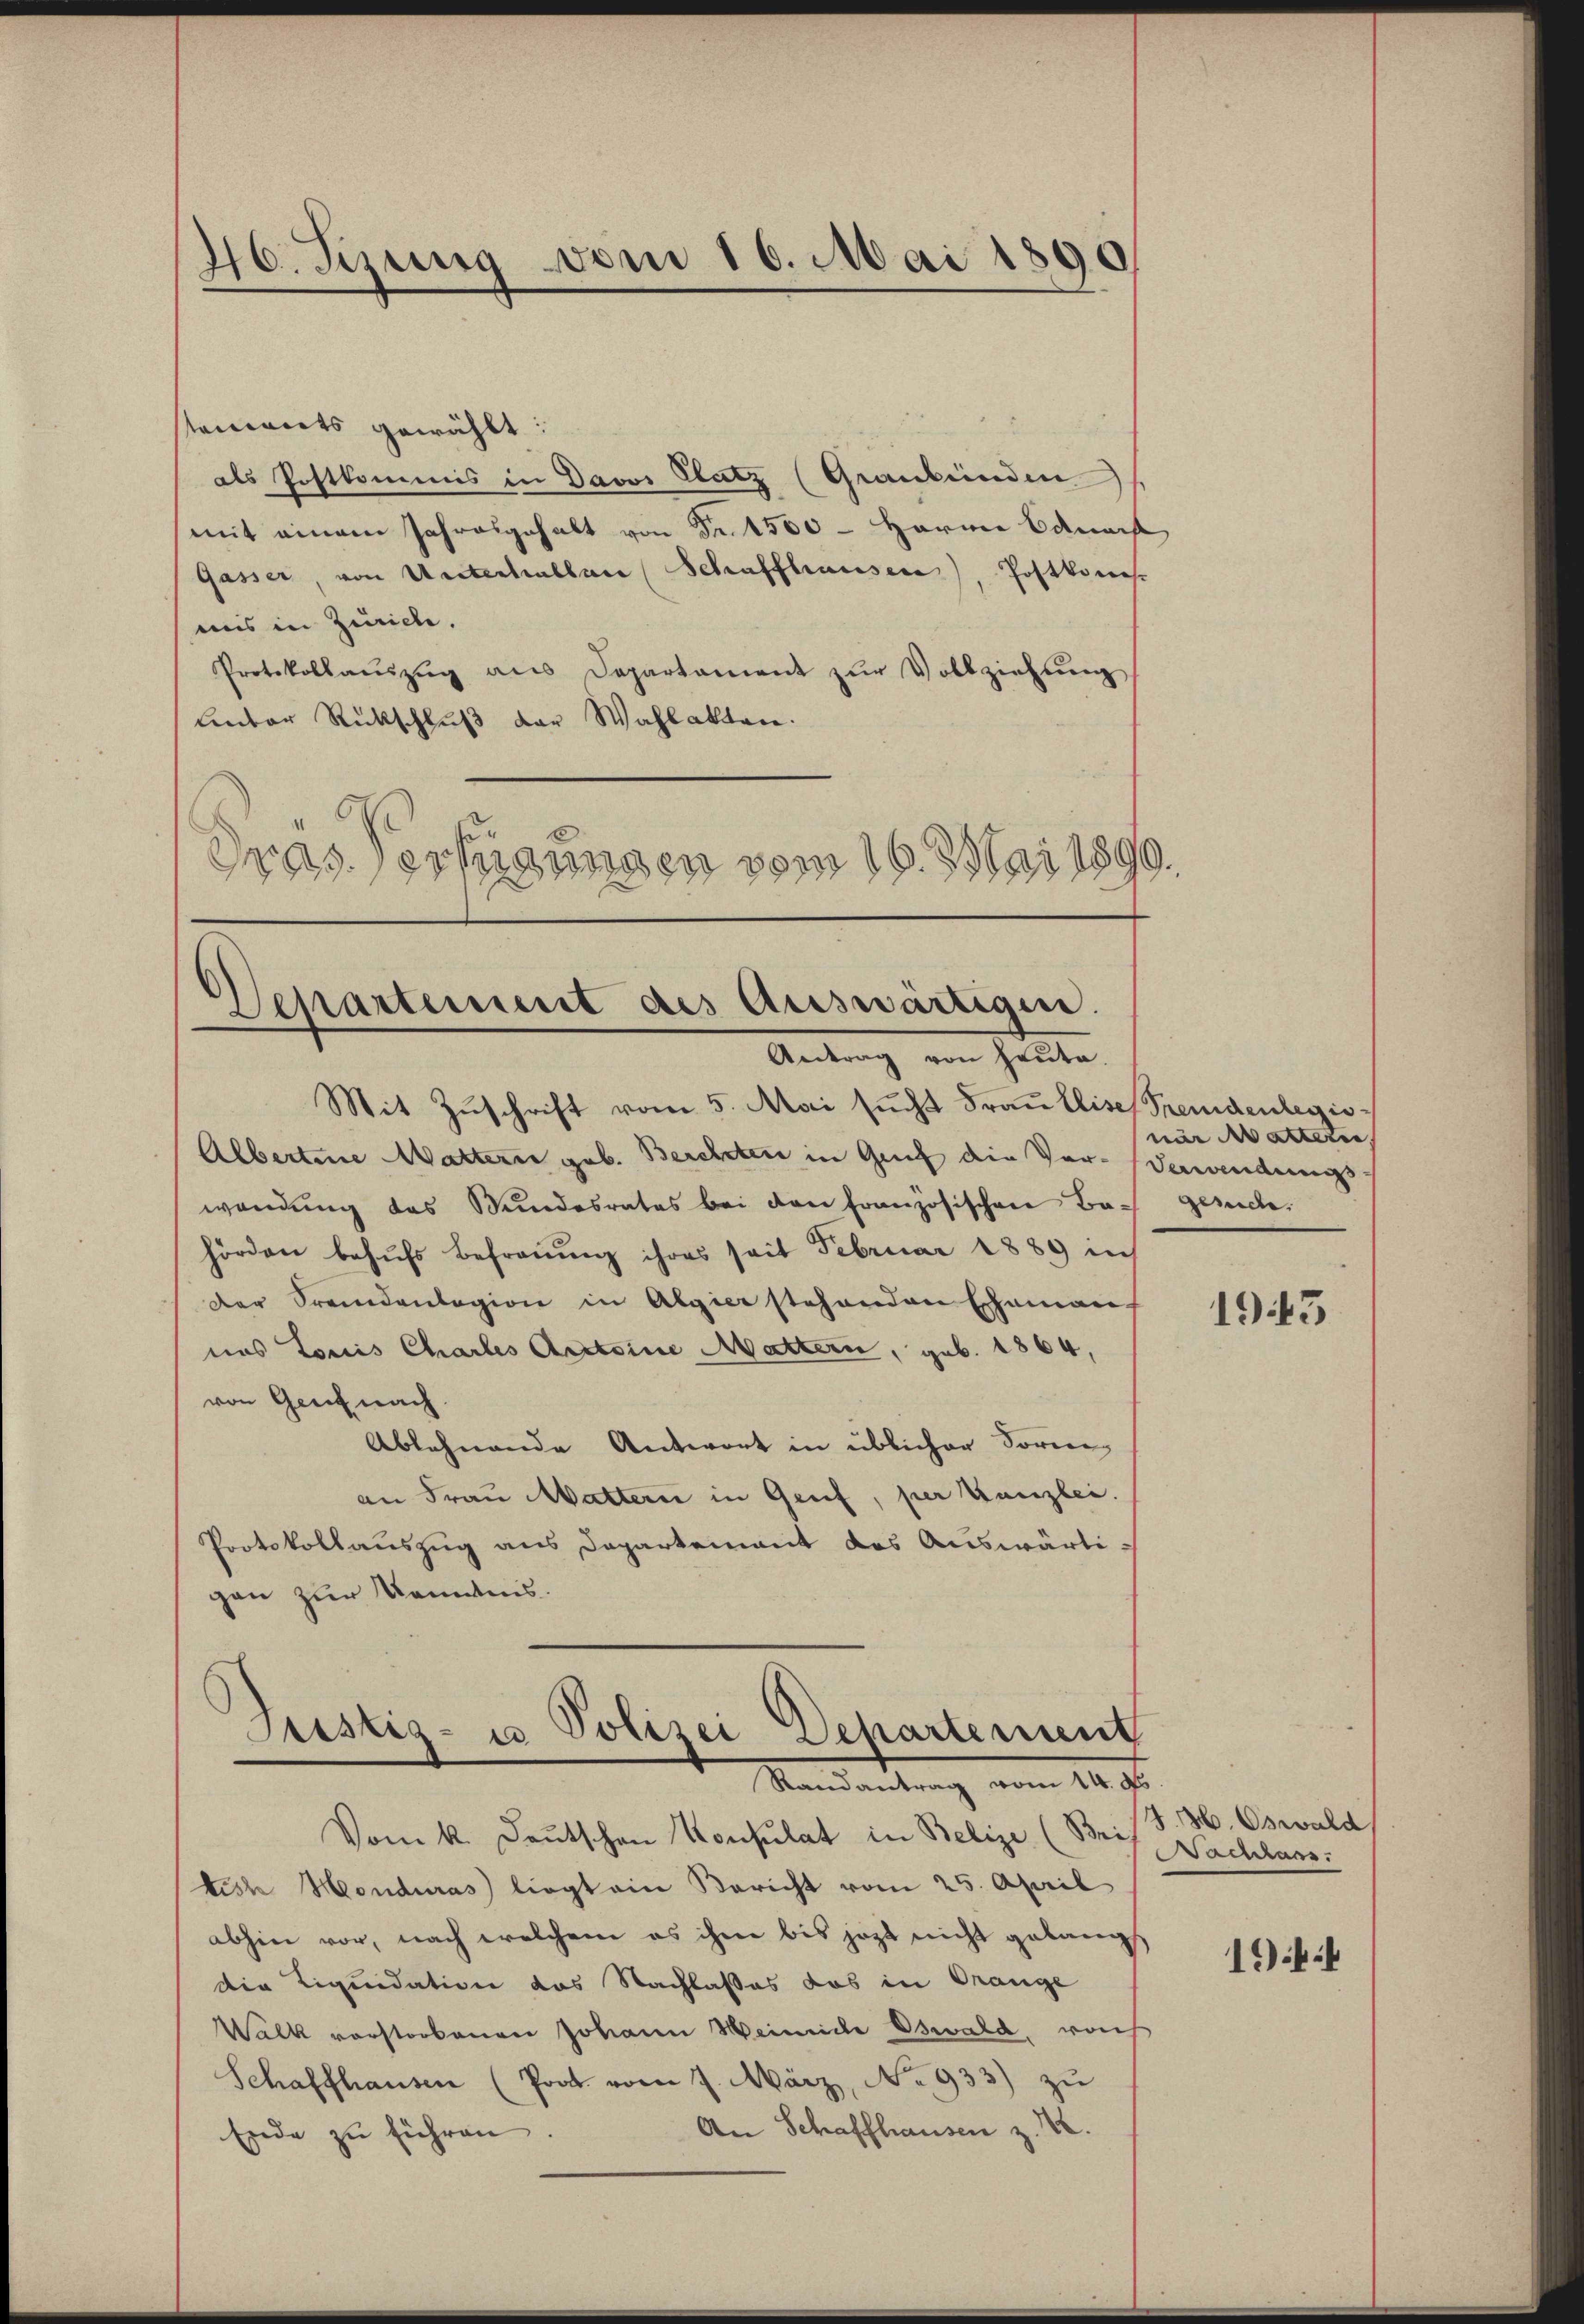
46. Sezung vom 16. Mai 1890.

staments gewählt:
als Postkommis in Davos Platz (Graubünden
mit einem Jahresgehalt von Fr. 4500 - Harre Admise
Gasser, von Unterhallen Schaffhausen), Postkones
uis in Zürich.
Protokollaŭszŭg aŭs Departament zŭr Vollziehung
Lnter Rückschluß der Wahlakten.
Gras, erfügungen vom 16. Mai 1890.

Mit Zuschrift vom 5. Mai sucht Frau Elise
Albertine Mattern geb. Berchten in Gruf die Ver-Verwendungs-
wendung das Bundesrates bei den französischen Bach gesch
hörden behŭfs Befraŭŭng ihres seit Februar 1889 in
der Fremdenlagion in Algier stehenden Eheman
nas Louis Chartes Antoine Mattern, geb. 1864,
von Genf nach.
Ablehnende Antwort in üblicher Forme
an Frau Wattern in Genf, per Kanzlei.
Protokollauszug aus Departement des Auswärtigan zur Kenntnis.

Departement des Auswärtigen.
Antrag von heute.

Justiz- u Polizei Departement
Randantrag vom 14. ds.

Fremdenlegis-
nar Mattete,

Vom k. Deutschen Konsulat in Belize (Brif Nachlans.
tish Monduras liegt ein Bericht vom 25. April
abhin vor, nach welchem es ihm bis jezt nicht gelangt
die Liquidation das Nachlasses das in Orange
Walk vorstorbenen Johann Weinriche Oswald, rech
Schaffhausen (Poat. vom 7. März, No 933) zu
An Schaffhausen z. B.
Ende zu führen.

1943

.M. Oswald

1944